Vital statistics of India. Vol. V, Reports of 1876 on armies & jails and on epidemic cholera
Year: 1876
Disease focus: Cholera
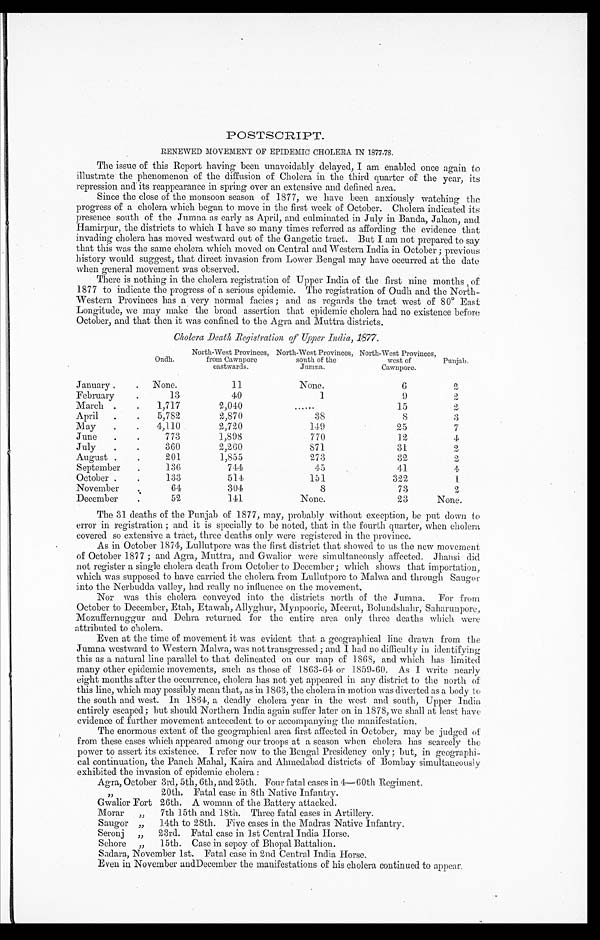
POSTSCRIPT.
RENEWED MOVEMENT OF EPIDEMIC CHOLERA IN 1877-7S.
The issue of this Report having been unavoidably delayed, I am enabled once again to
illustrate the phenomenon of the diffusion of Cholera in the third quarter of the year, its
repression and its reappearance in spring over an extensive and defined area.
Since the close of the monsoon season of 1877, we have been anxiously watching the
progress of a cholera which began to move in the first week of October. Cholera indicated its
presence south of the Jumna as early as April, and culminated in July in Banda, Jalaon, and
Hamirpur, the districts to which I have so many times referred as affording the evidence that
invading cholera has moved westward out of the Gangetic tract. But I am not prepared to say
that this was the same cholera which moved on Central and Western India in October ; previous
history would suggest, that direct invasion from Lower Bengal may have occurred at the date
when general movement was observed.
There is nothing in the cholera registration of Upper India of the first nine months of
1877 to indicate the progress of a serious epidemic. The registration of Oudh and the North-
Western Provinces has a very normal facies ; and as regards the tract west of 80° East
Longitude, we may make the broad assertion that epidemic cholera had no existence before
October, and that then it was confined to the Agra and Muttra districts.
Cholera Death Registration of Upper India, 1877.
Oudh.
North-West Provinces,
from Cawnpore
eastwards.
North-West Provinces,
south of the
Jumna.
North-West Provinces,
west of
Cawnpore.
Punjab.
January .
. None.
11
None.
6
2
.
February. 13
40
1
9
2
March .
.
1,717
2,040
......
15
2
April
.
.
5,782
2,870
38
8
3
May
.
.
4,110
2,720
149
25
7
June
.
773
1,898
770
12
4
July.
360
2 , 2 6 0
871
31
2
August .
201
1,855
273
3 2
2
September
.
136
744
45
41
4
October .
133
514
151
322
1
November
64
304
8
73
2
December
.
52
141
None.
2 3
None.
The 31 deaths of the Punjab of 1877, may, probably without exception, be put down to
error in registration ; and it is specially to be noted, that in the fourth quarter, when cholera
covered so extensive a tract, three deaths only were registered in the province.
As in October 1874, Lullutpore was the first district that showed to us the new movement
of October 1877 ; and Agra, Muttra, and Gwalior were simultaneously affected. Jhausi did
not register a single cholera death from October to December; which shows that importation,
which was supposed to have carried the cholera from Lullutpore to Malwa and through Saugor
into the Nerbudda valley, had really no influence on the movement.
Nor was this cholera conveyed into the districts north of the Jumma. For from
October to December, Etah, Etawah, Allyghur, Mynpoorie, Meerut, Bolundshahr, Saharunpore,
Mozuffernuggur and Dehra returned for the entire area only three deaths which were
attributed to cholera.
Even at the time of movement it was evident that a geographical line drawn from the
Jumna westward to Western Malwa, was not transgressed; and I had no difficulty in identifying
this as a natural line parallel to that delineated on our map of 1868, and which has limited
many other epidemic movements, such as those of 1863-64 or 1859-60. As I write nearly
eight months after the occurrence, cholera has not yet appeared in any district to the north of
this line, which may possibly mean that, as in 1863, the cholera in motion was diverted as a body to
the south and west. In 1864, a deadly cholera year in the west and south, Upper India
entirely escaped; but should Northern India again suffer later on in 1878, we shall at least have
evidence of further movement antecedent to or accompanying the manifestation.
The enormous extent of the geographical area first affected in October, may be judged of
from these cases which appeared among our troops at a season when cholera has scarcely the
power to assert its existence. I refer now to the Bengal Presidency only ; but, in geographi-
cal continuation, the Panch Mahal, Kaira and Ahmedabad districts of Bombay simultaneously
exhibited the invasion of epidemic cholera :
Agra, October 3rd, 5th, 6th, and 25th. Four fatal cases in 4—60th Regiment.
20th. Fatal case in 8th Native Infantry.
Gwalior Fort 26th. A woman of the Battery attacked.
Morar
„
7th 15th and 18th. Three fatal cases in Artillery.
Saugor „
14th to 28th. Five cases in the Madras Native Infantry.
Seronj „
23rd. Fatal case in 1st Central India Horse.
Sehore „
15th. Case in sepoy of Bhopal Battalion.
Sadara, November 1st. Fatal ease in 2nd Central India Horse.
Even in November and December the manifestations of his cholera continued to appear.